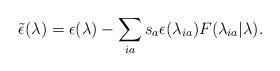
LaTeX: \begin{align*} \tilde{\epsilon}(\lambda) = \epsilon(\lambda) - \sum_{ia}s_a \epsilon(\lambda_{ia})F(\lambda_{ia}|\lambda).\end{align*}